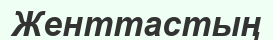
Женттастың